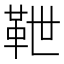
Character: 靾